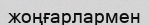
жоңғарлармен